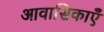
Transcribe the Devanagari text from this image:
आवासिकाएँ